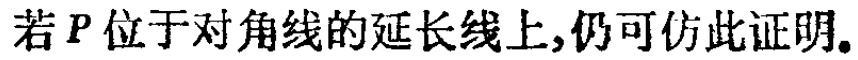
若\(P\)位于对角线的延长线上,仍可仿此证明。